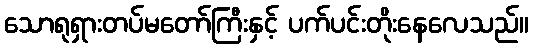
သောရုရှားတပ်မတော်ကြီးနှင့် ပက်ပင်းတိုးနေလေသည်။